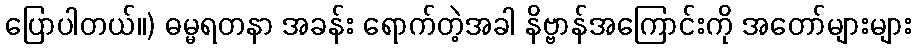
ပြောပါတယ်။) ဓမ္မရတနာ အခန်း ရောက်တဲ့အခါ နိဗ္ဗာန်အကြောင်းကို အတော်များများ